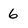
Character: 6